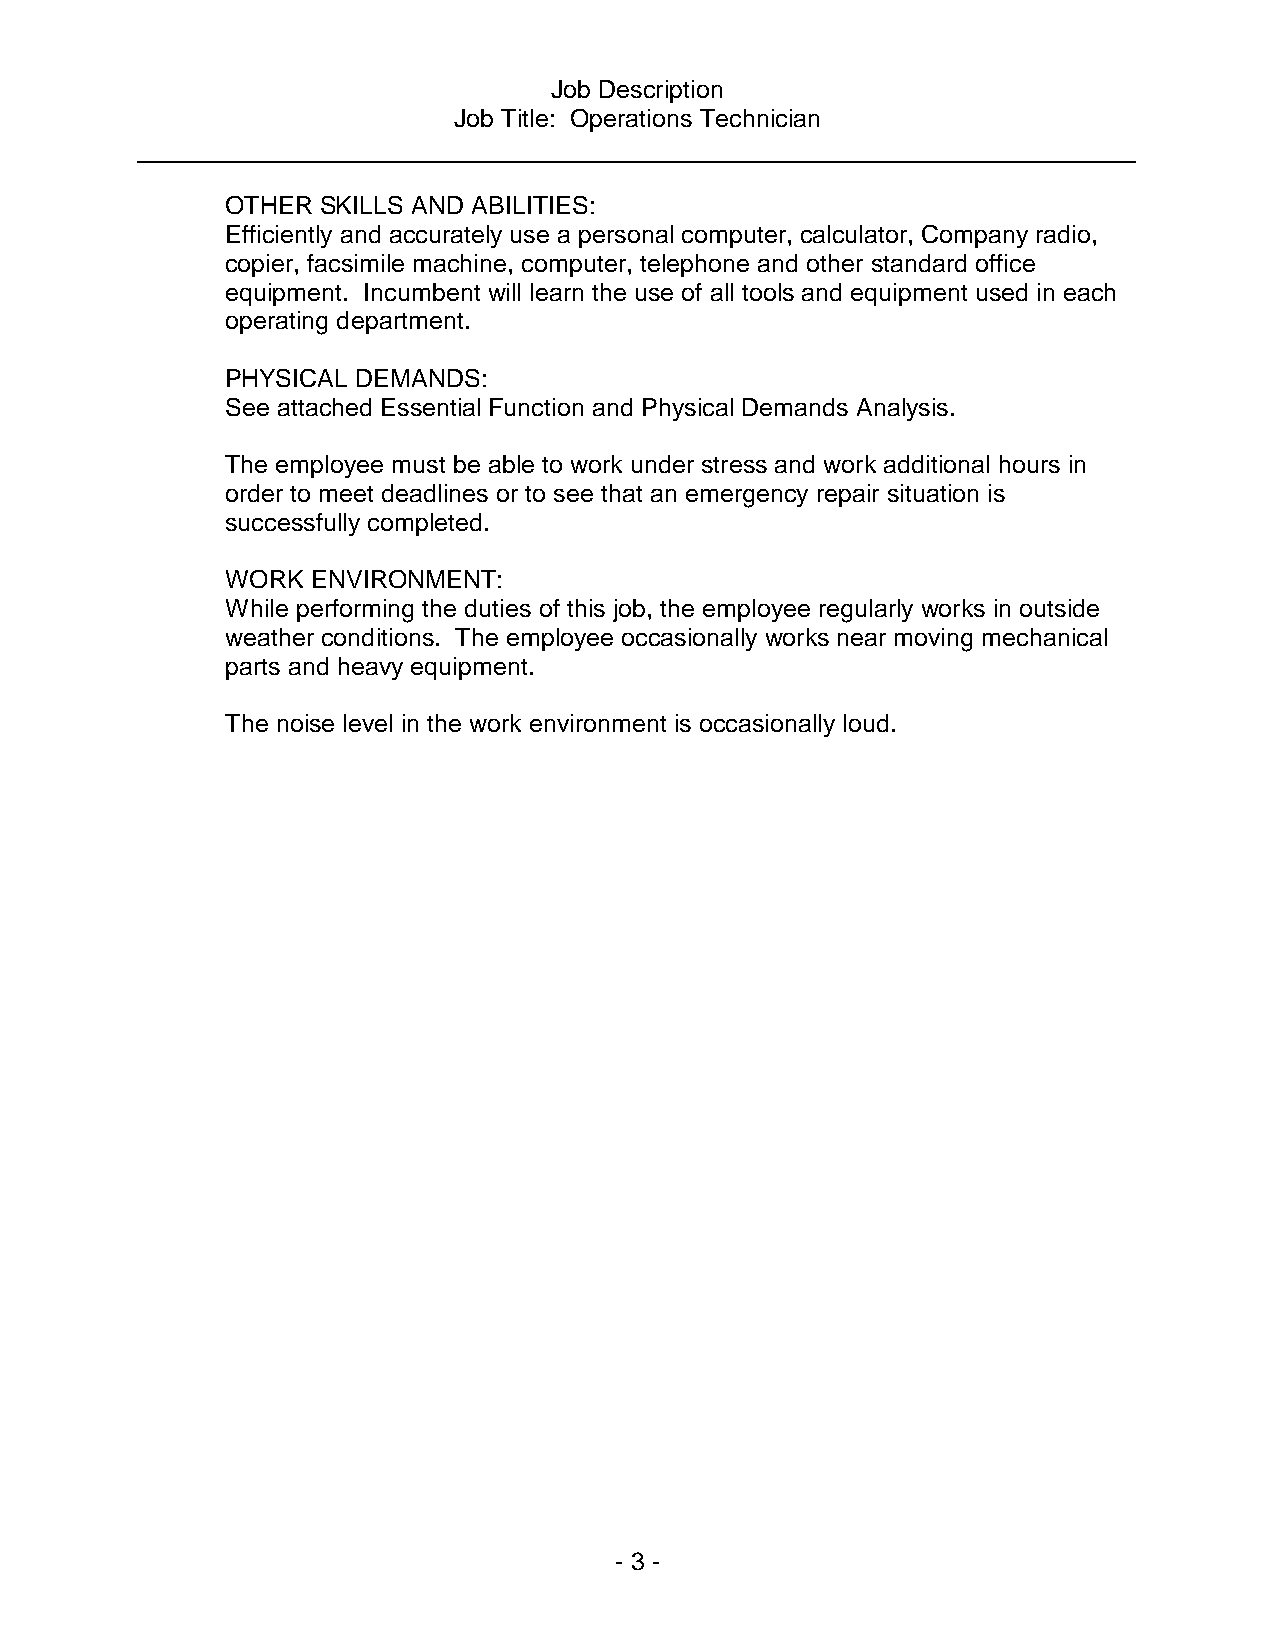
Job Description
 Job Title: Operations Technician
 OTHER SKILLS AND ABILITIES:
 Efficiently and accurately use a personal computer, calculator, Company radio,
 copier, facsimile machine, computer, telephone and other standard office
 equipment. Incumbent will learn the use of all tools and equipment used in each
 operating department.
 PHYSICAL DEMANDS:
 See attached Essential Function and Physical Demands Analysis.
 The employee must be able to work under stress and work additional hours in
 order to meet deadlines or to see that an emergency repair situation is
 successfully completed.
 WORK  ENVIRONMENT:
 While performing the duties of this job, the employee regularly works in outside
 weather conditions. The employee occasionally works near moving mechanical
 parts and heavy equipment.
 The noise level in the work environment is occasionally loud.
 - 3 -